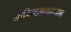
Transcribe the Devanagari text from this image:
गोविन्दम्रतभजन